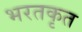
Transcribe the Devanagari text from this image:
भरतकृत